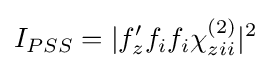
I_{PSS}=|f'_{z}f_{i}f_{i}\chi _{zii}^{(2)}|^{2}